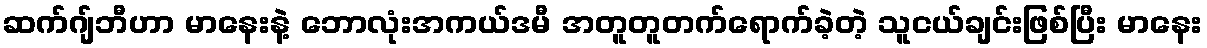
ဆက်ဂျ်ဘီဟာ မာနေးနဲ့ ဘောလုံးအကယ်ဒမီ အတူတူတက်ရောက်ခဲ့တဲ့ သူငယ်ချင်းဖြစ်ပြီး မာနေး